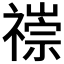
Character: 𥛢